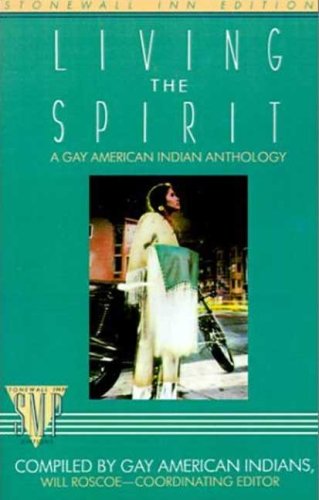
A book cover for Living the Spirit, A Gay American Indian Anthology (Stonewall Inn Editions); Gay & Lesbian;